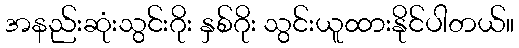
အနည်းဆုံးသွင်းဂိုး နှစ်ဂိုး သွင်းယူထားနိုင်ပါတယ်။